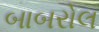
બાબરોલ